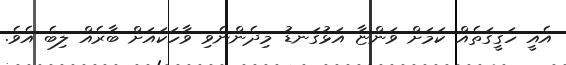
އެއީ ހަގީގަތެއް ކަމަށް ވަންޏާ އަޅުގަނޑު މިދެންނެވި ވާހަކައަށް ބާރެއް ލިބެ އެވެ.